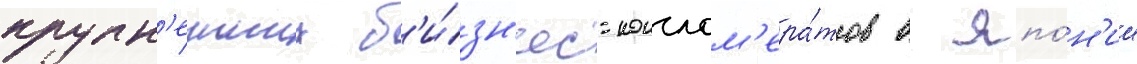
крупн'еиших б'и́зн'ес-конглом'ера́тов в япо́н'ии